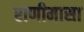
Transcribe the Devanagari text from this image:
राणीमासा